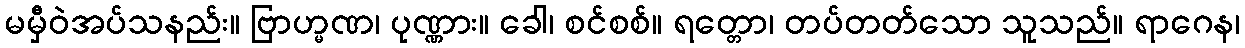
မမှီဝဲအပ်သနည်း။ ဗြာဟ္မဏ၊ ပုဏ္ဏား။ ခေါ၊ စင်စစ်။ ရတ္တော၊ တပ်တတ်သော သူသည်။ ရာဂေန၊